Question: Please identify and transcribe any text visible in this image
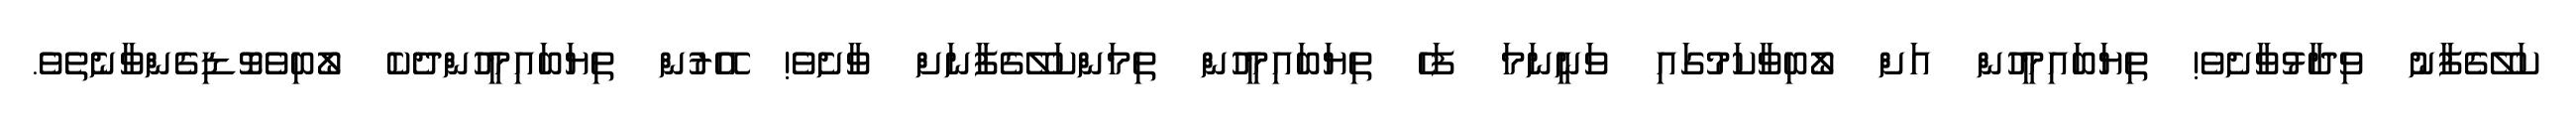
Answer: ކަލޭގެފާނު ވިދާޅުވާށެވެ! ތިޔަބައިމީހުން އަށް ލޯބިވާކަމުގައި ވަނީނަމަ ފަހެ ތިޔަބައިމީހުން ތިމަންކަލޭގެފާނަށް ވާށެވެ! އޭރުން ތިޔަބައިމީހުންދެކެ ލޯބިވެވޮޑިގެންވާނެތެވެ.